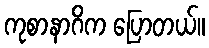
ကုစာနာဂိက ပြောတယ်။